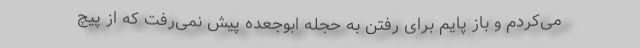
می‌کردم و باز پایم برای رفتن به حجله ابوجعده پیش نمی‌رفت که از پیچ